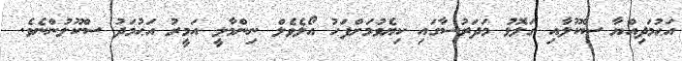
އަޙުމަދިއްޔާ ސްކޫލާއި ގަލޮޅު މަދަރުސާގައި ކިޔެވުމަށްފަހު އޯލެވެލް ނިންމާލީ އަމީރު އަޙުމަދު ސްކޫލުންނެވެ.